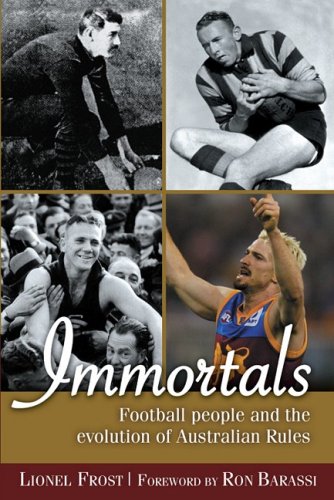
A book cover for Immortals: Football People and the Evolution of Australian Rules Football; Lionel Frost; Biographies & Memoirs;